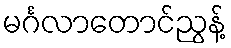
မင်္ဂလာတောင်ညွန့်